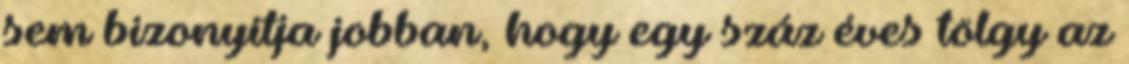
sem bizonyítja jobban, hogy egy száz éves tölgy az